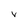
Character: V